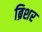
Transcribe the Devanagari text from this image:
ब्रिशर